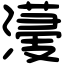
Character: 𣿯